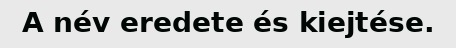
A név eredete és kiejtése.